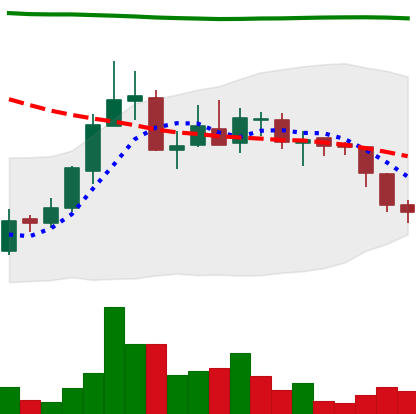
Ticker: ADA-USD
Chart end date: 2018-08-01
Forward return: -7.344%
Label: down_7plus